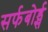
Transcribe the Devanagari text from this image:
सर्फबोर्ड्स